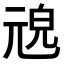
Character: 𠒜